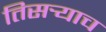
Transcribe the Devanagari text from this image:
तिसर्‍याच